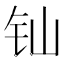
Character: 𲇯